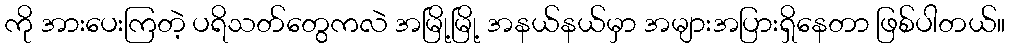
ကို အားပေးကြတဲ့ ပရိသတ်တွေကလဲ အမြို့မြို့ အနယ်နယ်မှာ အများအပြားရှိနေတာ ဖြစ်ပါတယ်။